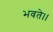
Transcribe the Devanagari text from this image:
भवते।।